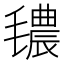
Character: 𱥧